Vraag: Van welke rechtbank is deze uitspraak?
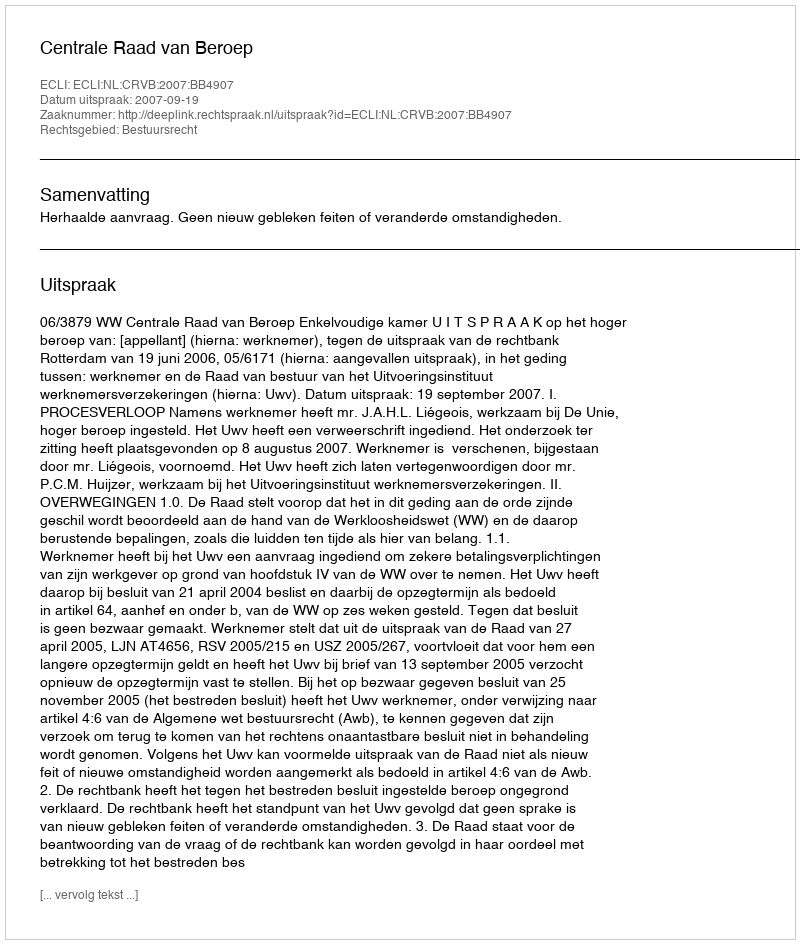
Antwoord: Centrale Raad van Beroep